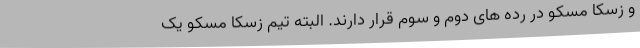
و زسکا مسکو در رده های دوم و سوم قرار دارند. البته تیم زسکا مسکو یک